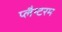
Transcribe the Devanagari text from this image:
प्लैन्टरम